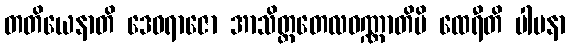
တတိယေနာတိ ဒေဝရာဇော အာသိတ္တတေလဝဏ္ဏာတိပိ ထေရီတိ ပါပနာ